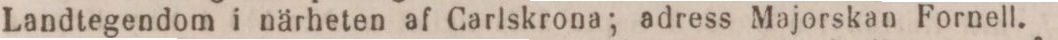
Landtegendom i närheten af Carlskrona; adress Majorskan Fornell.